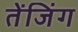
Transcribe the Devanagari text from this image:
तेंजिंग